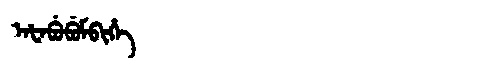
Manchu: ᠠᡶᠠᠪᡠᠪᡠᠮᠪᡳᡥᡝ
Romanization: AFABUBUMBIHE